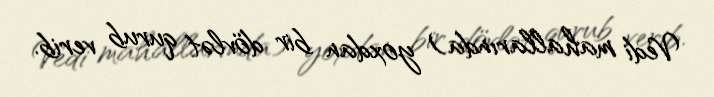
Vedi mahallarında) yoxdan bir dövlət qurub verib.